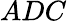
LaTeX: ADC